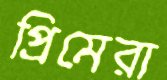
প্রিমেরা